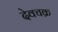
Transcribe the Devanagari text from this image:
देवचक्र